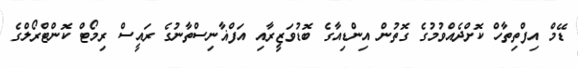
ޑޭމް އިފްތިތާހް ކޮށްދެއްވުމުގެ ގޮތުން އިންޑިއާގެ ބޮޑުވަޒީރާއި އަފްޣާނިސްތާނުގެ ރައީސް ރިމޯޓް ކޮންޓްރޯލްގެ